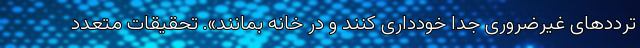
ترددهای غیرضروری جدا خودداری کنند و در خانه بمانند». تحقیقات متعدد